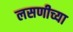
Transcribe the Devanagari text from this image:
लसणीच्या